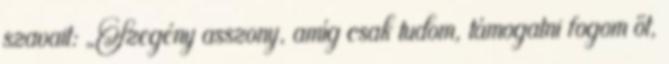
szavait: „Szegény asszony, amíg csak tudom, támogatni fogom őt,